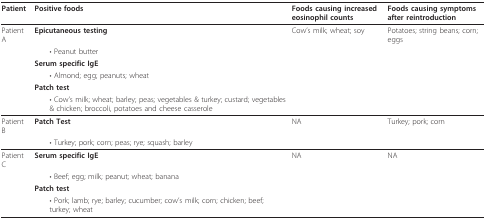
<table><thead><tr><td><b>Patient </b></td><td><b>Positive foods</b></td><td><b>Foods causing increased eosinophil counts </b></td><td><b>Foods causing symptoms after reintroduction</b></td></tr></thead><tbody><tr><td>Patient A</td><td><b>Epicutaneous testing</b></td><td>Cow&#x27;s milk; wheat; soy</td><td>Potatoes; string beans; corn; eggs</td></tr><tr><td></td><td> • Peanut butter</td><td></td><td></td></tr><tr><td></td><td><b>Serum specific IgE</b></td><td></td><td></td></tr><tr><td></td><td> • Almond; egg; peanuts; wheat</td><td></td><td></td></tr><tr><td></td><td><b>Patch test</b></td><td></td><td></td></tr><tr><td></td><td> • Cow&#x27;s milk; wheat; barley; peas; vegetables &amp; turkey; custard; vegetables &amp; chicken; broccoli, potatoes and cheese casserole</td><td></td><td></td></tr><tr><td>Patient B</td><td><b>Patch Test</b></td><td>NA</td><td>Turkey; pork; corn</td></tr><tr><td></td><td> • Turkey; pork; corn; peas; rye; squash; barley</td><td></td><td></td></tr><tr><td>Patient C</td><td><b>Serum specific IgE</b></td><td>NA</td><td>NA</td></tr><tr><td></td><td> • Beef; egg; milk; peanut; wheat; banana</td><td></td><td></td></tr><tr><td></td><td><b>Patch test</b></td><td></td><td></td></tr><tr><td></td><td> • Pork; lamb; rye; barley; cucumber; cow&#x27;s milk; corn; chicken; beef; turkey; wheat</td><td></td><td></td></tr></tbody></table>